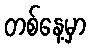
တစ်နေ့မှာ